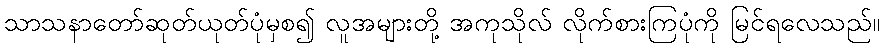
သာသနာတော်ဆုတ်ယုတ်ပုံမှစ၍ လူအများတို့ အကုသိုလ် လိုက်စားကြပုံကို မြင်ရလေသည်။